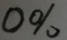
0 \%